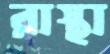
রাস্থা